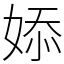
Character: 婖